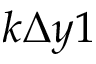
k \Delta y 1